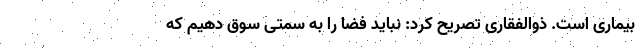
بیماری است. ذوالفقاری تصریح کرد: نباید فضا را به سمتی سوق دهیم که